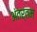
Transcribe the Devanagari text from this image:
अंतर्तम